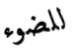
للضوء